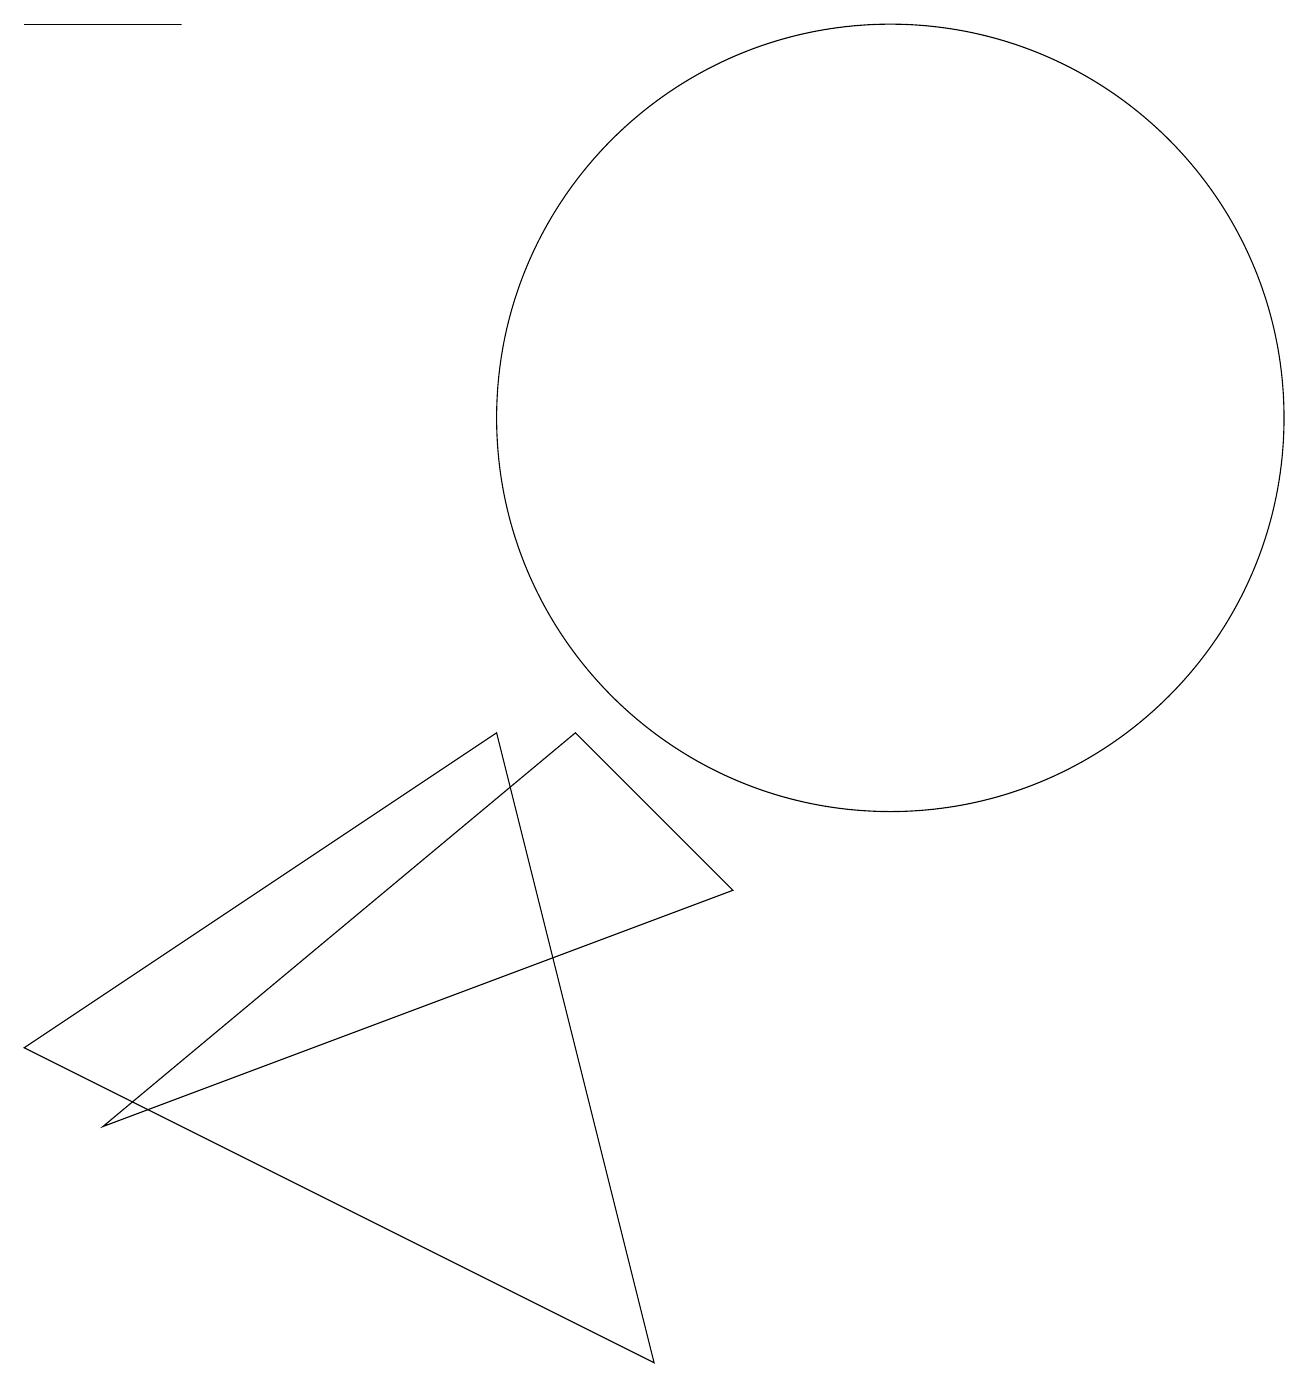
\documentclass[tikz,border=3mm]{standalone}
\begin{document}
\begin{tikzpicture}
\draw (8,0) -- (0,4) -- (6,8) -- cycle;
\draw (11,12) circle (5);
\draw (0,17) rectangle (2,17);
\draw (1,3) -- (9,6) -- (7,8) -- cycle;
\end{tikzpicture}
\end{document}